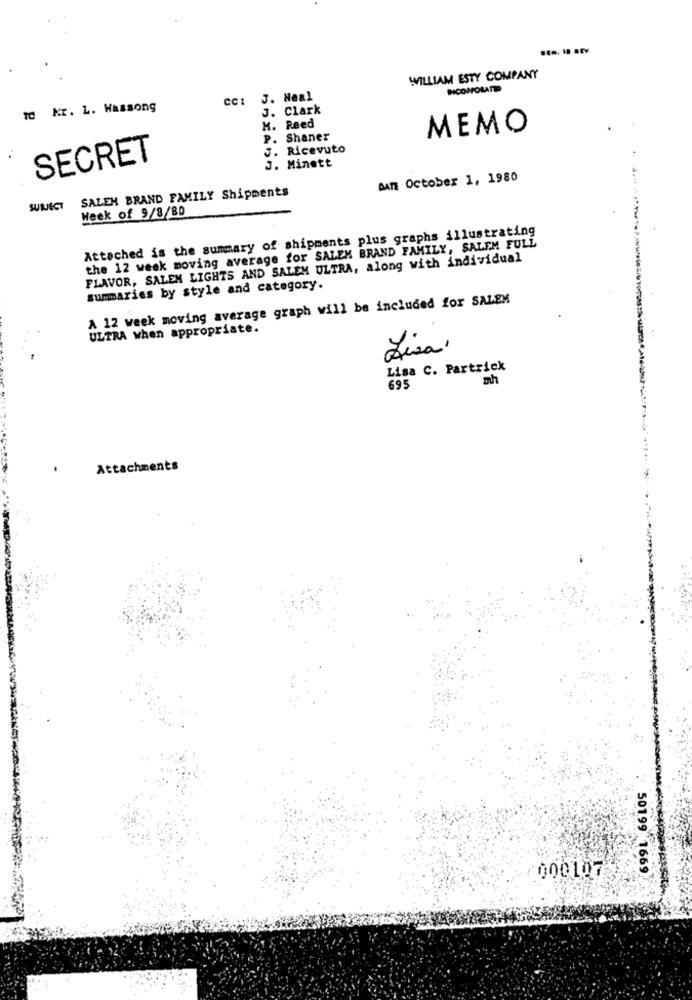
WILLIAM ESTY COMPANY
HICOPPOLATID
cc: 3. Neal
IC M. L. Wassong
J. Clark
M. Reed
MEMO
P. Shaner
J. Ricevuto
SECRET
J. Minett
DATE October 1, 1980
SALEM BRAND FAMILY Shipments
SUBJECT
Week of 9/8/80
Attached is the summary of shipments plus graphs illustrating
the 12 week moving average for SALEM BRAND FAMILY, SALEM FULL
FLAVOR, SALEM LIGHTS AND SALEM ULTRA, along with individual
summaries by style and category.
A 12 week moving average graph will be included for SALEM
ULTRA when appropriate.
Lisa.
Lisa C. Partrick
695
mh
Attachments
50199 16
000107